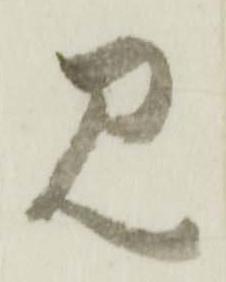
見